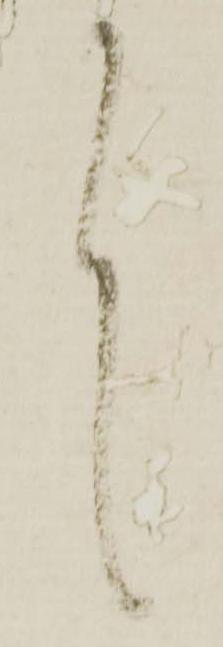
言